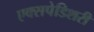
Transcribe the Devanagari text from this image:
एक्सपेडिशरी